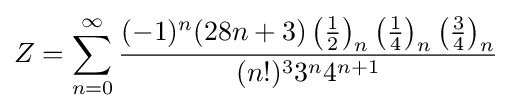
Z=\sum _{n=0}^{\infty }{\frac {(-1)^{n}(28n+3)\left({\frac {1}{2}}\right)_{n}\left({\frac {1}{4}}\right)_{n}\left({\frac {3}{4}}\right)_{n}}{(n!)^{3}{3^{n}}{4}^{n+1}}}